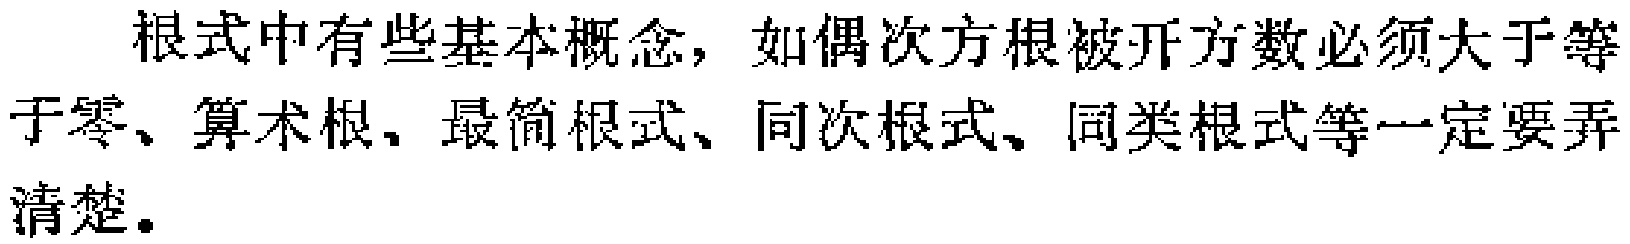
根式中有些基本概念，如偶次方根被开方数必须大于等于零、算术根、最简根式、同次根式、同类根式等一定要弄清楚。